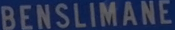
BENSlimane